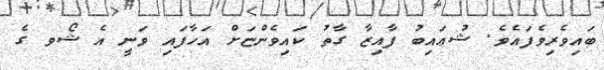
ބައިވެރިވެފައެވެ. ޝުޢައިބު ފާއިޒާ ގާތު ކައިވެންޏަށް އަހާފައި ވަނީ އެ ޝޯވ ގެ